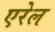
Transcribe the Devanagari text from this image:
एरेल